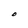
Character: D